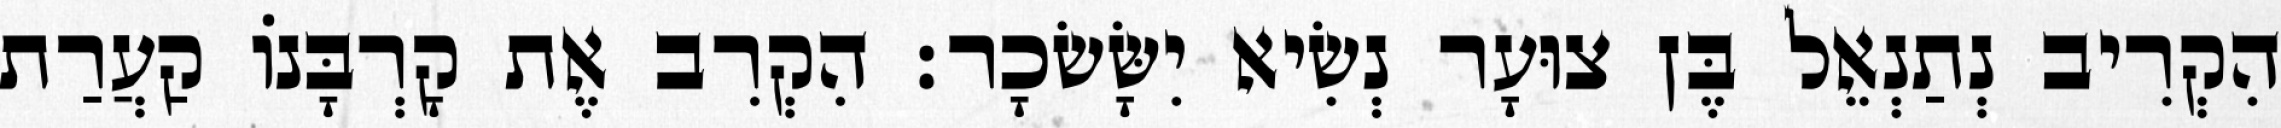
הִקְרִיב נְתַנְאֵל בֶּן צוּעָר נְשִׂיא יִשָּׂשׂכָר׃ הִקְרִב אֶת קָרְבָּנוֹ קַעֲרַת